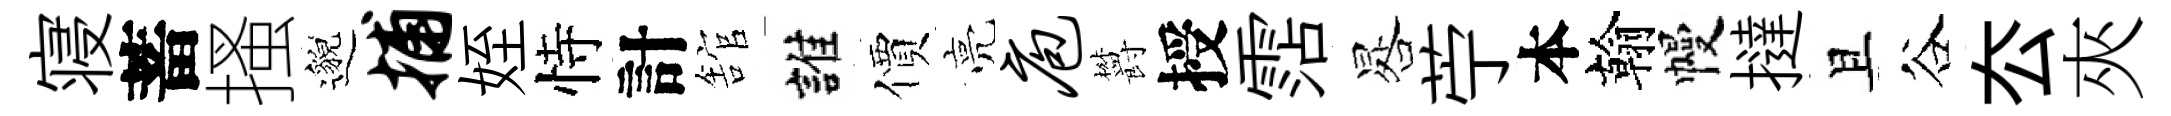
寝蓄搔邈捕姪恃計舘誰價亮庖欝授霑晷苧本翰幔撻且谷厺夾